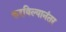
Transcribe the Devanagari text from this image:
करविल्यानंतर